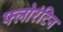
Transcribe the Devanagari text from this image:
फ्लोरंटिन